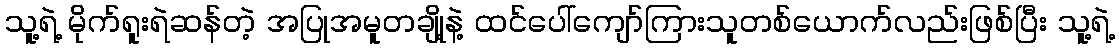
သူ့ရဲ့ မိုက်ရူးရဲဆန်တဲ့ အပြုအမူတချို့နဲ့ ထင်ပေါ်ကျော်ကြားသူတစ်ယောက်လည်းဖြစ်ပြီး သူ့ရဲ့